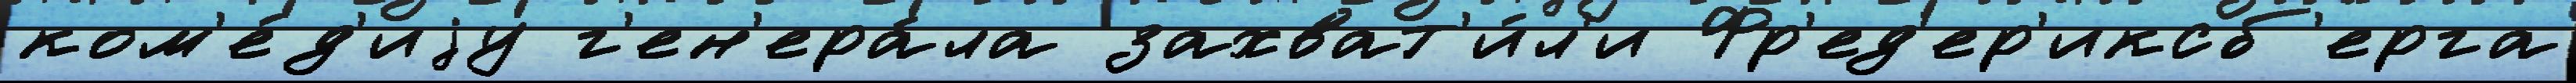
ком'е́д'иjу г'ен'ера́ла захват'и́л'и Фр'ед'ер'иксб'ерга